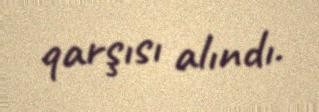
qarşısı alındı.